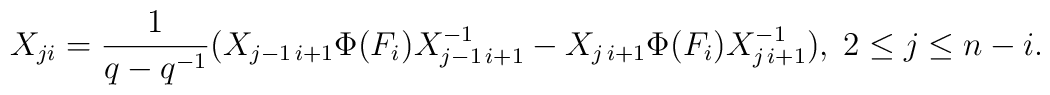
X_{ji}=\frac{1}{q-q^{-1}}(X_{j-1\,i+1}\Phi(F_{i})X_{j-1\,i+1}^{-1}-X_{j\,i+1}\Phi(F_{i})X_{j\,i+1}^{-1}),\; 2\leq j\leq n-i .